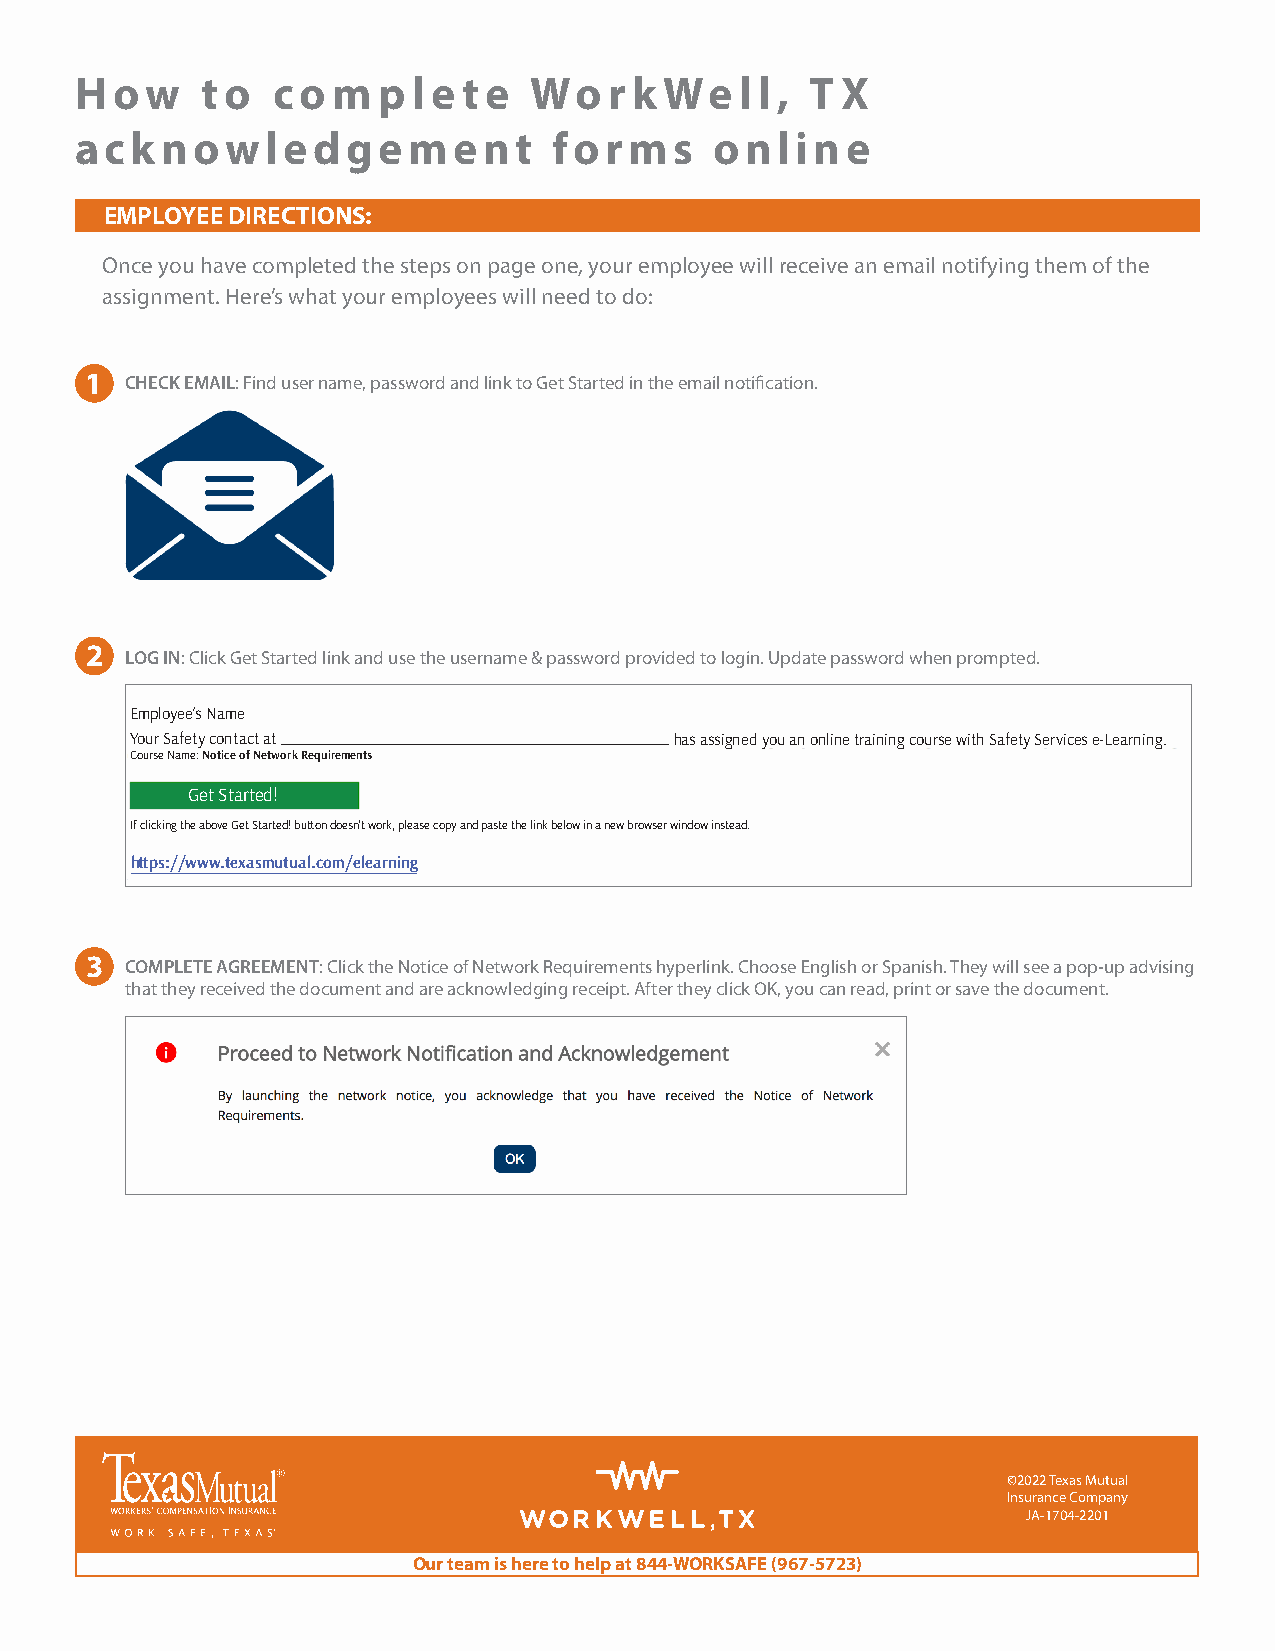
H ow    to   co  m  p l e te  Wo   r k We   l l, T X
 acknowledgement                 forms     online
 EMPLOYEE DIRECTIONS:
 Once you have completed the steps on page one, your employee will receive an email notifying them of the
 assignment. Here’s what your employees will need to do:
 1 CHECK EMAIL: Find user name, password and link to Get Started in the email notification.
 2
 LOG IN: Click Get Started link and use the username & password provided to login. Update password when prompted.
 Employee’s Name
 Your Safety contact at              has assigned you an online training course with Safety Services e-Learning.
 Course Name: Notice of Network Requirements
 Get Started!
 If clicking the above Get Started! button doesn’t work, please copy and paste the link below in a new browser window instead.
 https://www.texasmutual.com/elearning
 3 COMPLETE AGREEMENT: Click the Notice of Network Requirements hyperlink. Choose English or Spanish. They will see a pop-up advising
 that they received the document and are acknowledging receipt. After they click OK, you can read, print or save the document.
 ©2022 Texas Mutual
 Insurance Company
 JA-1704-2201
 Our team is here to help at 844-WORKSAFE (967-5723)